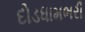
દોડધામભરી